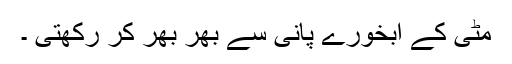
مٹی کے آبخورے پانی سے بھر بھر کر رکھتی ۔